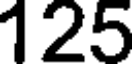
125